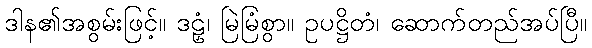
ဒါန၏အစွမ်းဖြင့်။ ဒဠှံ၊ မြဲမြံစွာ။ ဥပဋ္ဌိတံ၊ ဆောက်တည်အပ်ပြီ။